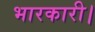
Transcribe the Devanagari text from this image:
भारकारी।